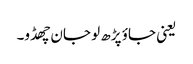
یعنی جاؤ پڑھ لو جان چھڈو۔